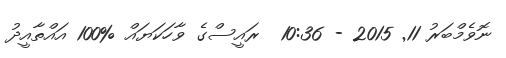
ނޮވެމްބަރު 11